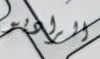
الراديو